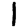
Digit: 1